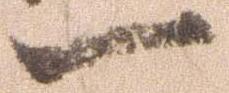
一